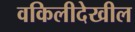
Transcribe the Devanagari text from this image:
वकिलीदेखील